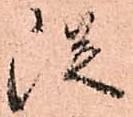
従